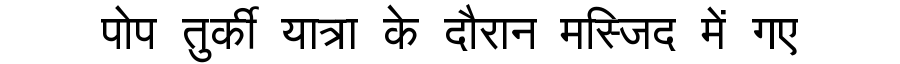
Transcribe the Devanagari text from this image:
पोप तुर्की यात्रा के दौरान मस्जिद में गए